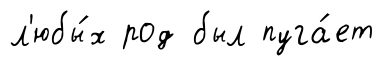
л'юбы́х род был пуга́ет